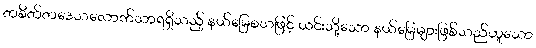
တစိတ်တဒေသလောက်သာရရှိသည့် နယ်မြေစသဖြင့် ယင်းသို့သော နယ်မြေများဖြစ်သည်ဟူသော